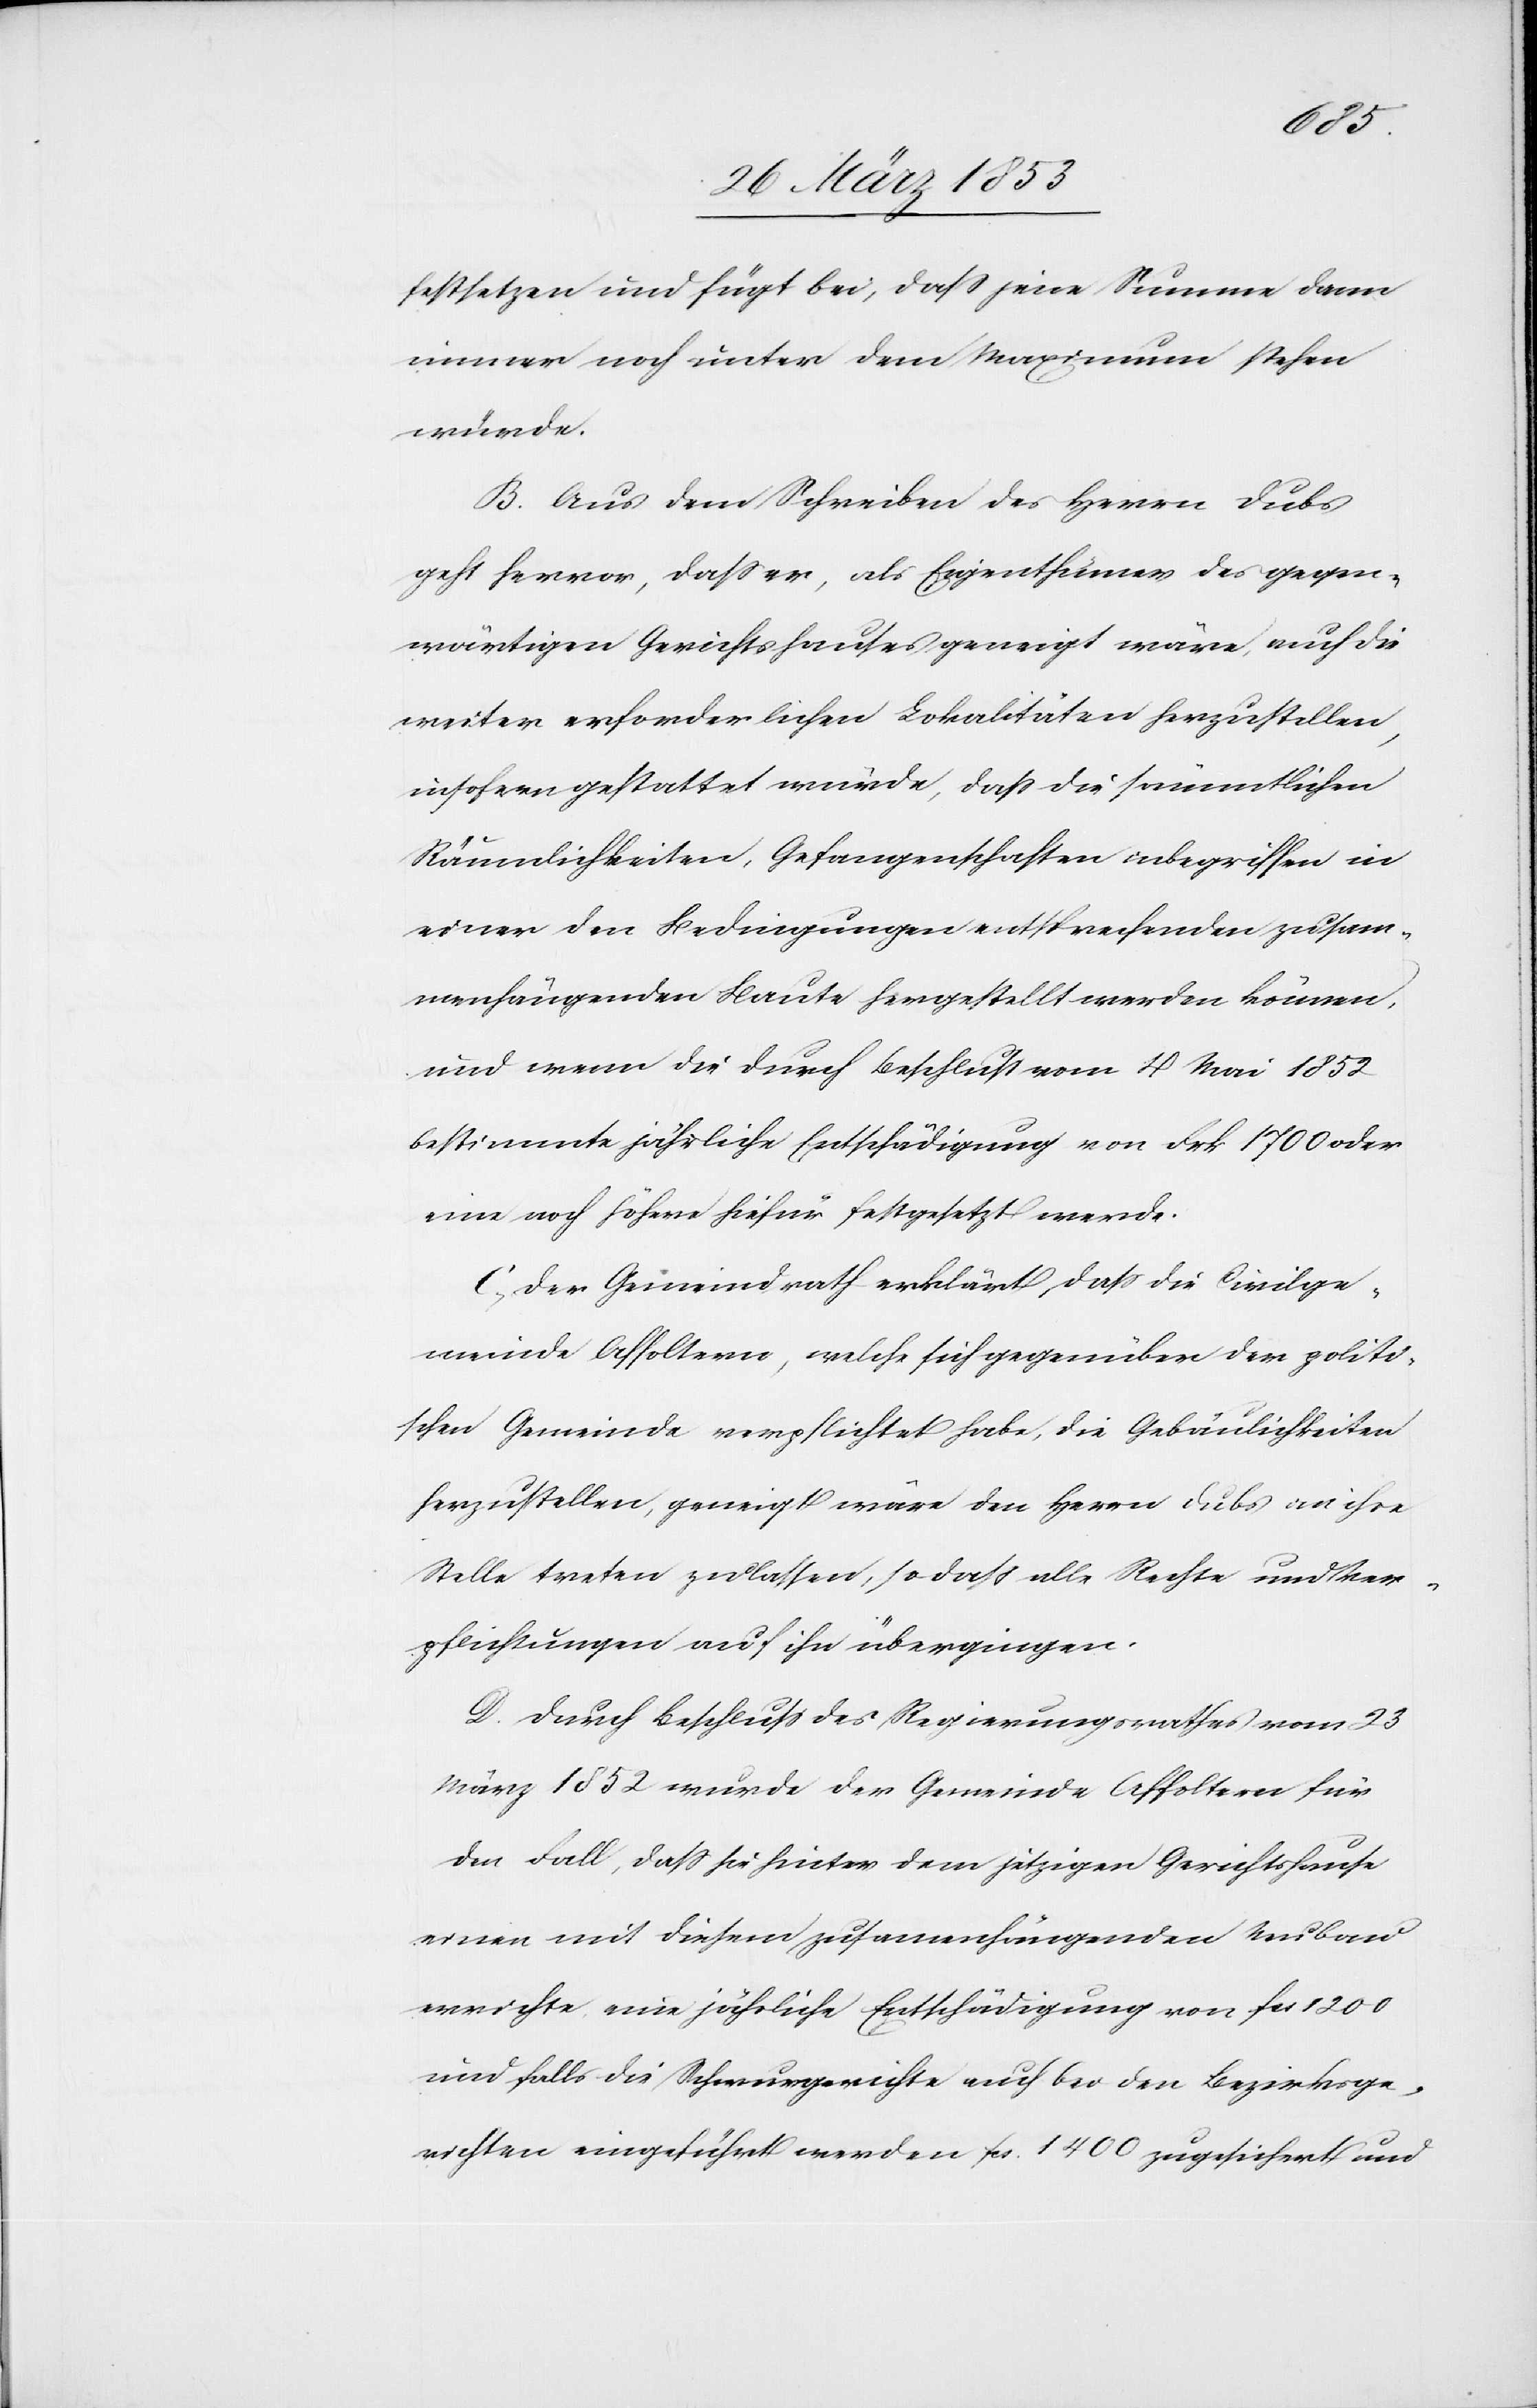
festsetzen und fügt bei, daß seine Summe dann
immer noch unter dem Maximum stehen
würde.
B. Aus dem Schreiben des Herrn Dubs
geht hervor, daß er, als Eigenthümer des gegen¬
wärtigen Gerichtshauses geneigt wäre, auch die
weiter erforderlichen Lokalitäten herzustellen,
insofern gestattet würde, daß die sämmtlichen
Räumlichkeiten, Gefangenschaften inbegriffen in
einer den Bedingungen entsprechenden zusam¬
menhängenden Baute hergestellt werden können,
und wenn die durch Beschluß vom 4 Mai 1852
bestimmte jährliche Entschädigung von Frk. 1700 oder
eine noch höhere hiefür festgesetzt werde.
C, Der Gemeindrath erklärt, daß die Civilge¬
meinde Affoltern, welche sich gegenüber der politi¬
schen Gemeinde verpflichtet habe, die Gebäulichkeiten
herzustellen, geneigt wäre den Herrn Dubs an ihre
Stelle treten zu lassen, so daß alle Rechte und Ver¬
pflichtungen auf ihn übergingen.
D. Durch Beschluß des Regierungsrathes vom 23
März 1852 wurde der Gemeinde Affoltern für
den Fall, daß sie hinter dem jetzigen Gerichtshause
einen mit diesem zusammenhängenden Neubau
errichte, eine jährliche Entschädigung von fcs 1200
und falls die Schwurgerichte auch bei den Bezirksge¬
richten eingeführt werden fcs 1400 zugesichert und